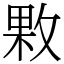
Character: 㪙